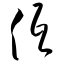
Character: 低